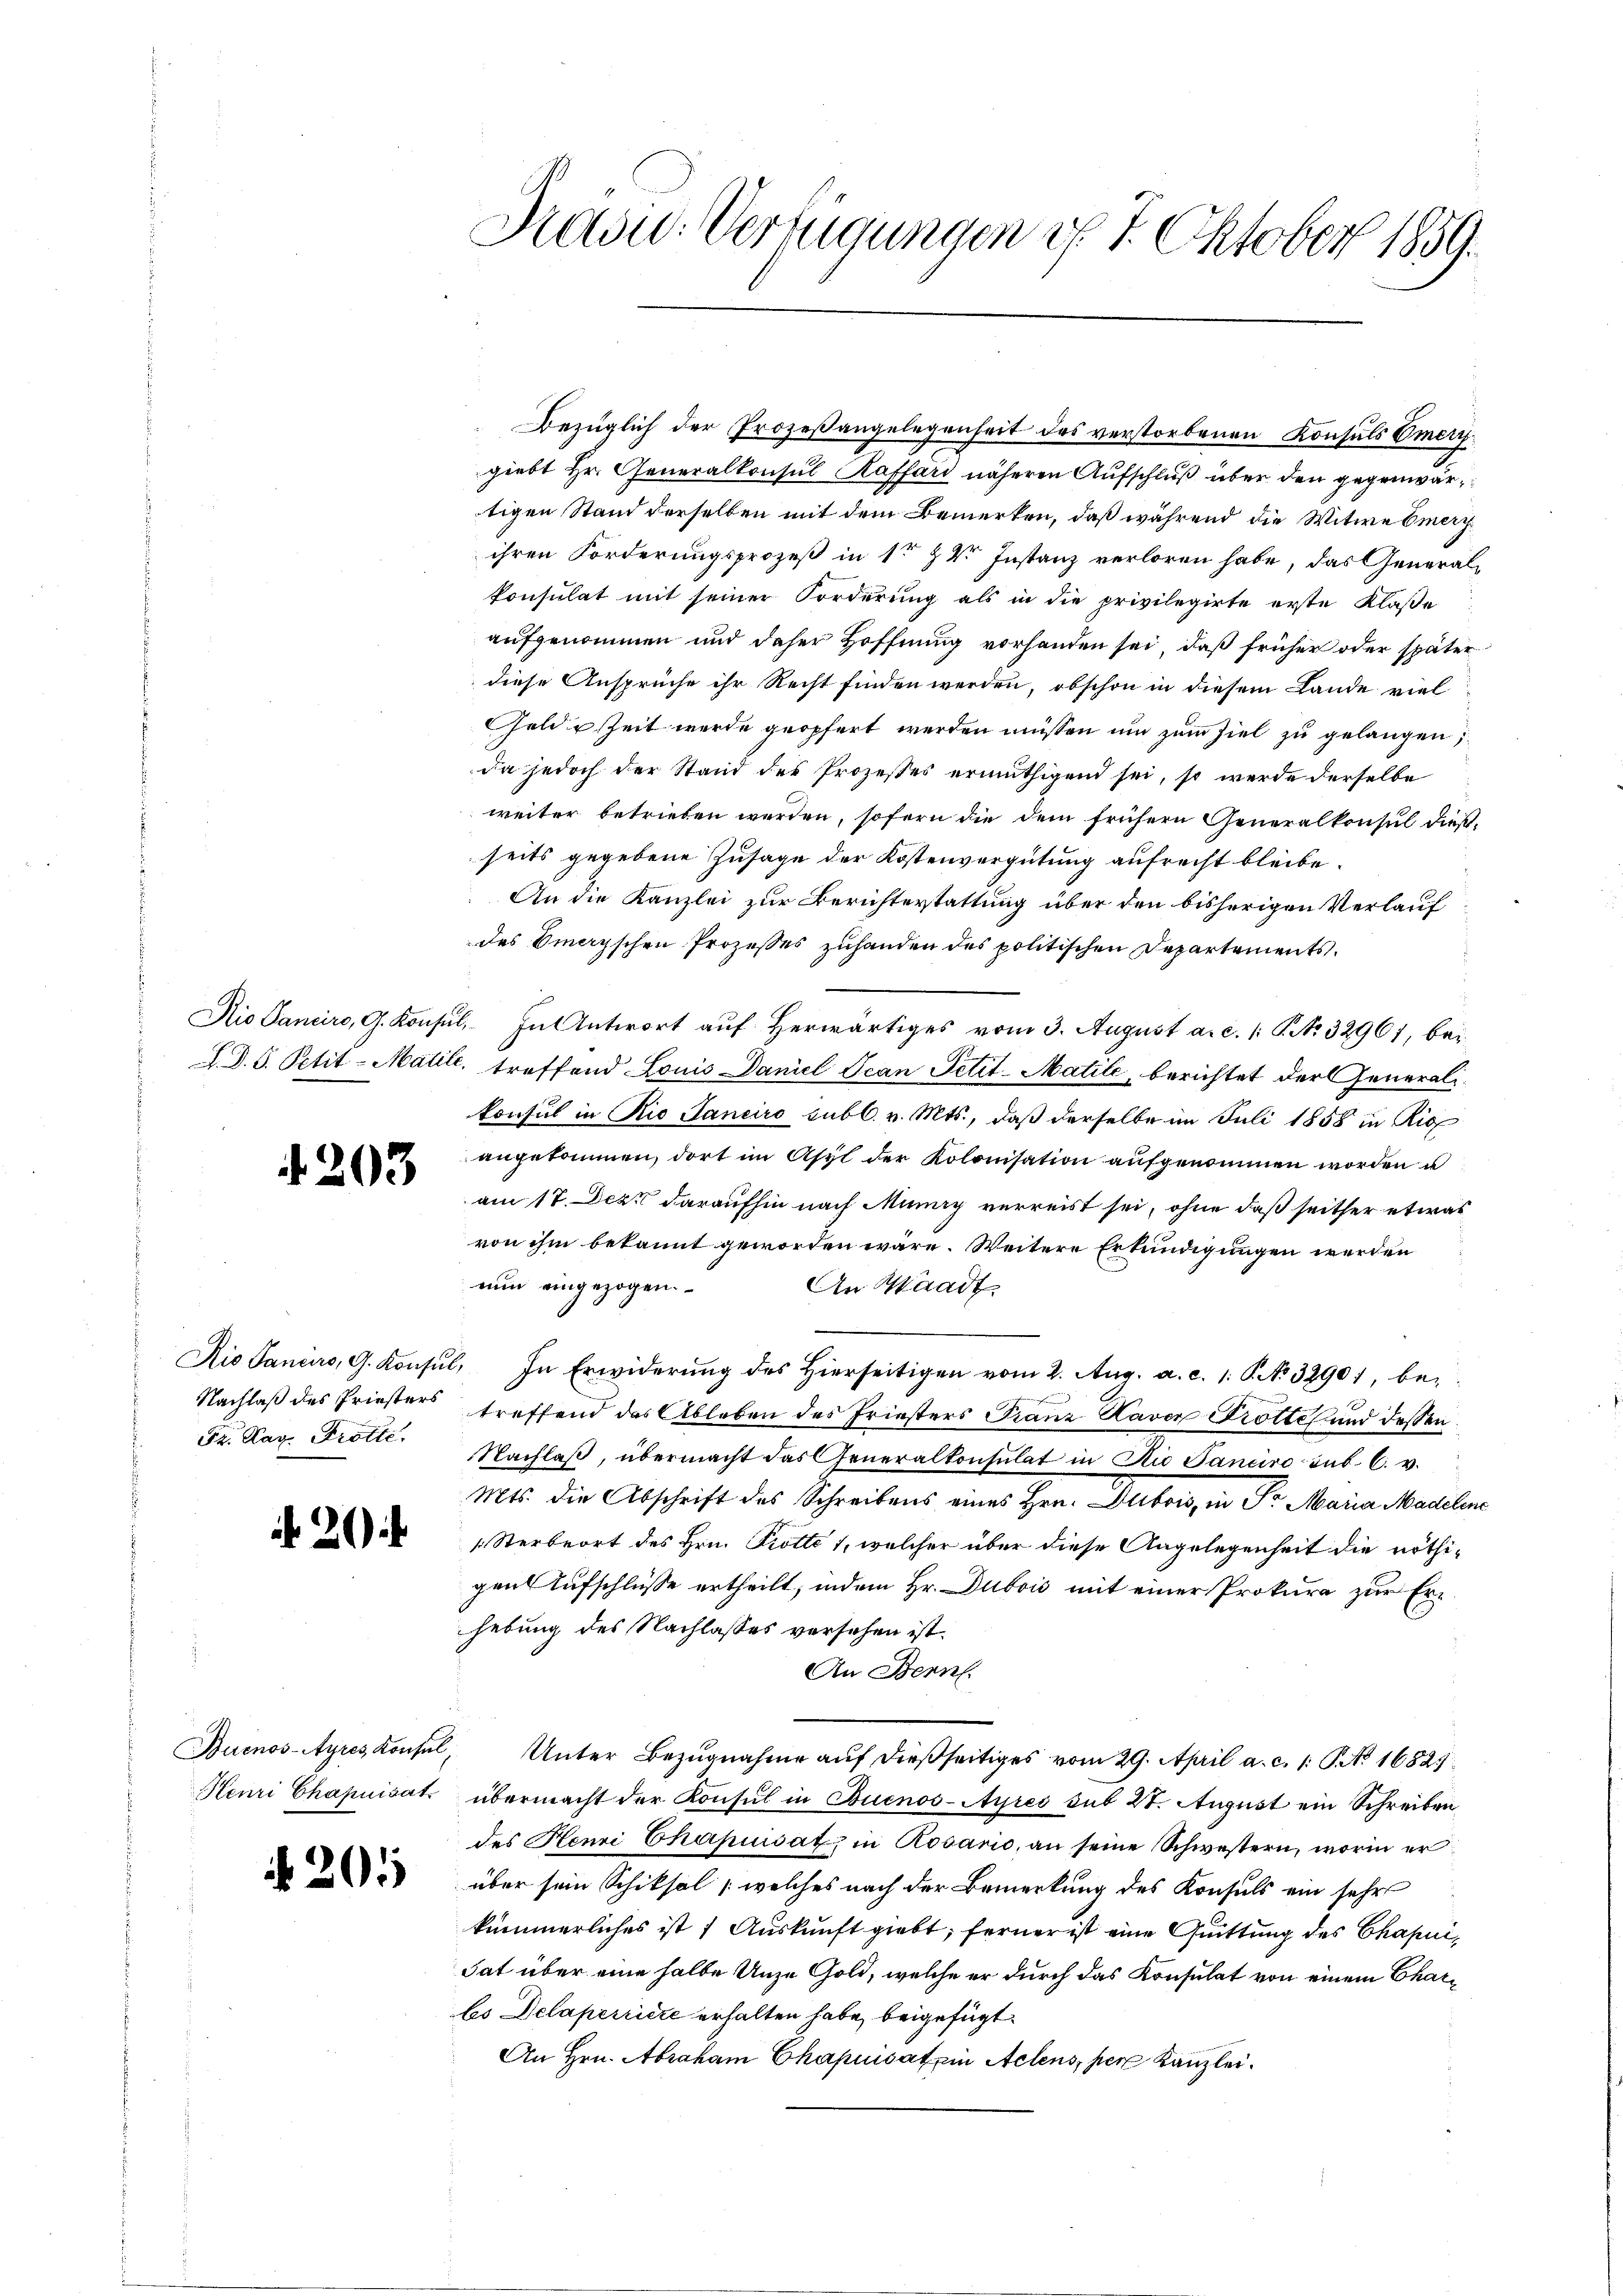
4203

Fr. Kar. Trotte.

20

201

Prose Verfügungen d. 7. Oktober 1859.

Bezüglich der Prozeßangelegenheit des verstorbenen Konsuls Emerigiebt Hr. Generalkonsul Raffard näheren Aufschluß über den gegenwärtigen Stand derselben mit dem Bemerken, daß während die Witwe Emeryihren Forderungsprozeß in 1r Z V Instanz verloren habe, das Generalkonsulat mit seiner Forderung als in die privilegirte erste Klaße
aufgenommen und daher Hoffnung vorhanden sei, daß früher oder später
diese Ansprüche ihr Recht finden werden, obschon in diesem Lande viel
Gelde Zeit werde geopfert werden müssen und zum Ziel zu gelangen;
da jedoch der Stand der Prozesses ermüthigend sei, so werde derselbe
weiter betrieben werden, sofern die dem frühern Generalkonsul dießseits gegebene Zusage der Kostenvergütung aufrecht bleibe.
An die Kanzlei zur Berichterstattung über den bisherigen Verlauf
des Omeryschen Prozesses zuhanden des politischen Departements.
Nio Sanciro, G. Konsul, In Antwort auf herwärtiges vom 3. August a. c. 1. No. 32961, bei
S. D. S. Petit-Matile, treffend Louis Daniel Jean Petit-Matile, berichtet der Generalikonsul in Rie Janeiro subl. v. Mts., daß derselbe im Juli 1858 in Ric
angekommen, dort im Asyl der Kolonisation aufgenommen worden u
am 17. Jezt daraufhin nach Munay verreist sei, ohne daß seither etwas
von ihm bekannt geworden wäre. Weitere Erkundigungen werden
nun eingezogen.
An Waadt.
Rio Sanius, G. Konsŭl, In Erwiderŭng des hierseitigen vom 2. Aŭg. a. c. 1. No 32901, be¬
Nachlaß des Friesters treffend das Ableben des Friesters Franz Haver Trottes und dessen
Nachlaβ, übermacht das Generalkonsulat in die Sanciro sub. C. v.
Mts. die Abschrift des Schreibens eines Hrn. Dubois, in Sr. Maria Madelene
[Sterbeort des Hrn. Protto 1, welcher über diese Angelegenheit die nöthigen Aufschlüsse ertheilt, indem Hr. Dubois mit einer Prokura zur Erhebung des Nachlasses versehen ist.
An Bern.
Buenos-Ayres Konsul, Unter Bezŭgnahme aŭf dießseitiges vom 29. April a. c. 1: P. No 16827
Henri Chapnisat übermacht der Konsul in Buenos-Ayres sub 27. August ein Schreiben
des Hemi Chapuisati in Rosario, an seine Schwestern, worin er
über sein Schiksal (welches nach der Bemerkung des Konsuls ein sehr
kümmerliches ist Auskunft giebt; ferner ist eine Quittung des Chapui,
dat über eine halbe Unze Gold, welche er durch das Konsulat von einem Charbs Delaperriere erhalten habe, beigefügt
An Hrn. Abraham Chapnisat ein Actens, per Kanzlei.